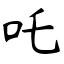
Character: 吒